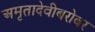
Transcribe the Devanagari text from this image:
अमृतादेवीबरोबर